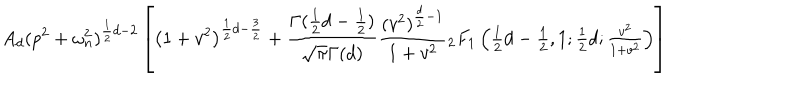
A _ { d } ( p ^ { 2 } + \omega _ { n } ^ { 2 } ) ^ { \frac { 1 } { 2 } d - 2 } \left[ \left( 1 + v ^ { 2 } \right) ^ { \frac { 1 } { 2 } d - \frac { 3 } { 2 } } + \frac { \Gamma ( \frac { 1 } { 2 } d - \frac { 1 } { 2 } ) } { \sqrt { \pi } \Gamma ( d ) } \frac { ( v ^ { 2 } ) ^ { \frac { d } { 2 } - 1 } } { 1 + v ^ { 2 } } { } _ { 2 } F _ { 1 } \left( \textstyle { { \frac { 1 } { 2 } d - \frac { 1 } { 2 } , 1 ; \frac { 1 } { 2 } d ; \frac { v ^ { 2 } } { 1 + v ^ { 2 } } } } \right) \right] \, \ \cdot